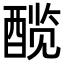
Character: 𬪯